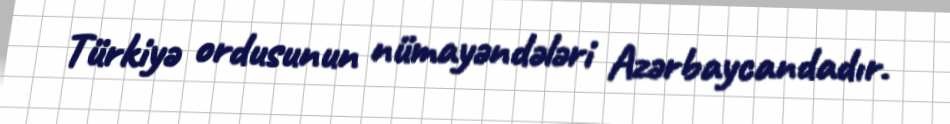
Türkiyə ordusunun nümayəndələri Azərbaycandadır.